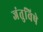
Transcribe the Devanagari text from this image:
जंतुविषे